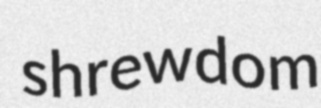
shrewdom